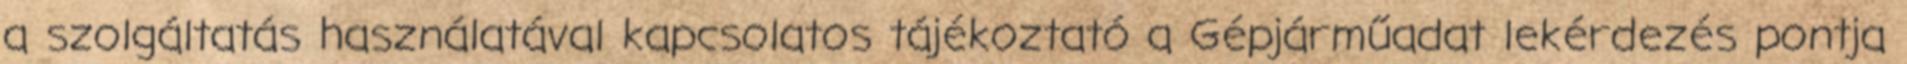
a szolgáltatás használatával kapcsolatos tájékoztató a Gépjárműadat lekérdezés pontja